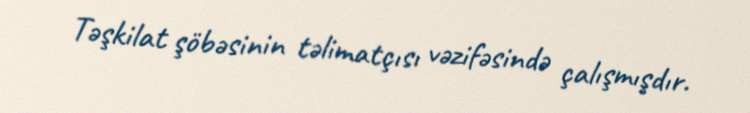
Təşkilat şöbəsinin təlimatçısı vəzifəsində çalışmışdır.